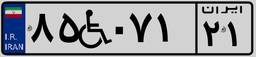
۳۷W۷۷۲۸۹